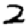
Digit: 2